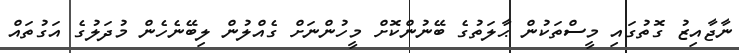
ނާޖާއިޒު ގޮތުގައި މީސްތަކުން ޙާލަތުގެ ބޭނުންކޮށް މީހުންނަށް ގެއްލުން ލިބޭނެހެން މުދަލުގެ އަގުތައް